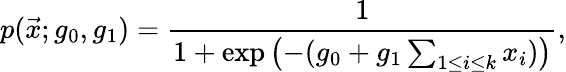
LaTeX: p(\vec{x};g_{0},g_{1})=\frac{1}{1+\exp\left(-(g_{0}+g_{1}\sum_{1\leq i\leq k}x_{i})\right)},